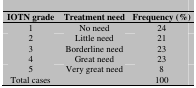
<table><thead><tr><td><b>IOTN grade</b></td><td><b>Treatment need</b></td><td><b>Frequency (%)</b></td></tr></thead><tbody><tr><td> 1 </td><td> No need </td><td> 24 </td></tr><tr><td> 2 </td><td> Little need </td><td> 21 </td></tr><tr><td> 3 </td><td> Borderline need </td><td> 23 </td></tr><tr><td> 4 </td><td> Great need </td><td> 23 </td></tr><tr><td> 5 </td><td> Very great need </td><td> 8 </td></tr><tr><td> Total cases </td><td></td><td> 100 </td></tr></tbody></table>